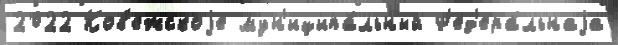
2022 Ков'ежскоjе мун'иципа́льный Ф'ед'ера́льнаjа